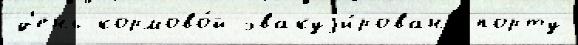
д'ень кормово́й эвакуjи́рованы порту